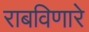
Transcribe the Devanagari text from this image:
राबविणारे